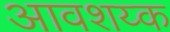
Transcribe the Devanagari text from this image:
आवशय्क